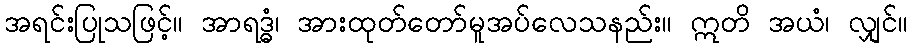
အရင်းပြုသဖြင့်။ အာရဒ္ဓံ၊ အားထုတ်တော်မူအပ်လေသနည်း။ ဣတိ အယံ၊ လျှင်။